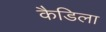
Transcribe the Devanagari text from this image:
कैडिला